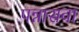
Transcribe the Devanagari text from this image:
पन्नासवा